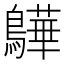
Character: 𫛓